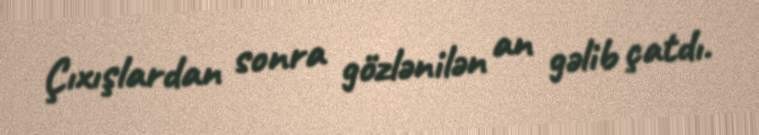
Çıxışlardan sonra gözlənilən an gəlib çatdı.